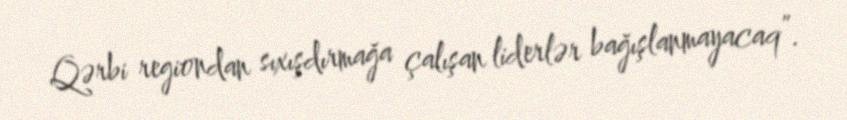
Qərbi regiondan sıxışdırmağa çalışan liderlər bağışlanmayacaq”.